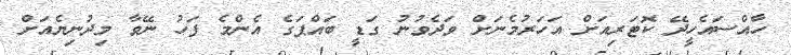
ހާއްސައެހީދޭ ކޮޓަރިއަށް އަހަރުމެނަށް ވަދެވުނު ގަޑީ ބައްޕަގެ އެންމެ ފަހު ނޭވާ މިދުނިޔެއަށް